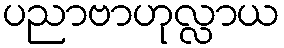
ပညာဗာဟုလ္လာယ